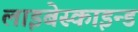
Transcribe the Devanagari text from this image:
लाइबेस्काइन्ड